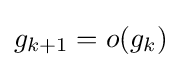
g_{k+1}=o(g_{k})